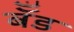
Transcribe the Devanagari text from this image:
बॅँड